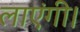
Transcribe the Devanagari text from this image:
लाएंगी।